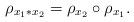
LaTeX: \begin{align*}\rho_{x_1\ast x_2} = \rho_{x_2}\circ \rho_{x_1}.\end{align*}